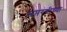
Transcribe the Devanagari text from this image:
सप्तरंगीच्या